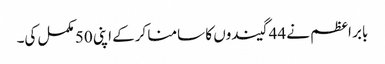
بابر اعظم نے 44 گیندوں کا سامنا کرکے اپنی 50 مکمل کی۔